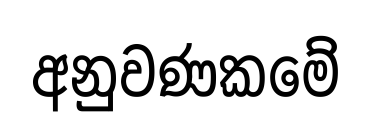
අනුවණකමේ